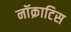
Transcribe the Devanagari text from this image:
नॉक्राटिस